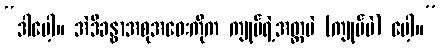
“ဒါပေါ့။ အဲဒီခန္ဓာအစုအဝေးကိုက ကျုပ်ရဲ့အတ္တပဲ (ကျုပ်ပဲ) ပေါ့။”